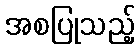
အစပြုသည့်